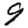
Digit: 9